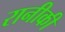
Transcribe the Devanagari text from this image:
रानीकी